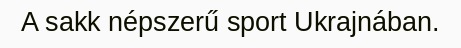
A sakk népszerű sport Ukrajnában.